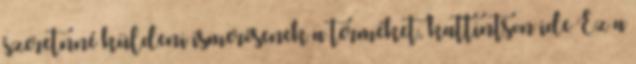
szeretnné küldeni ismerősenek a terméket, kattintson ide Ez a